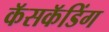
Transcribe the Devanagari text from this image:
कॅसकॅडिंग